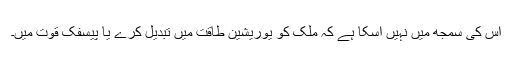
اس کی سمجھ میں نہیں آسکا ہے کہ ملک کو یوریشین طاقت میں تبدیل کرے یا پیسفک قوت میں۔